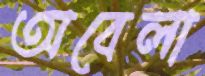
অবেলা